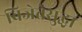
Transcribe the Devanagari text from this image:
विजेतेसुद्धा